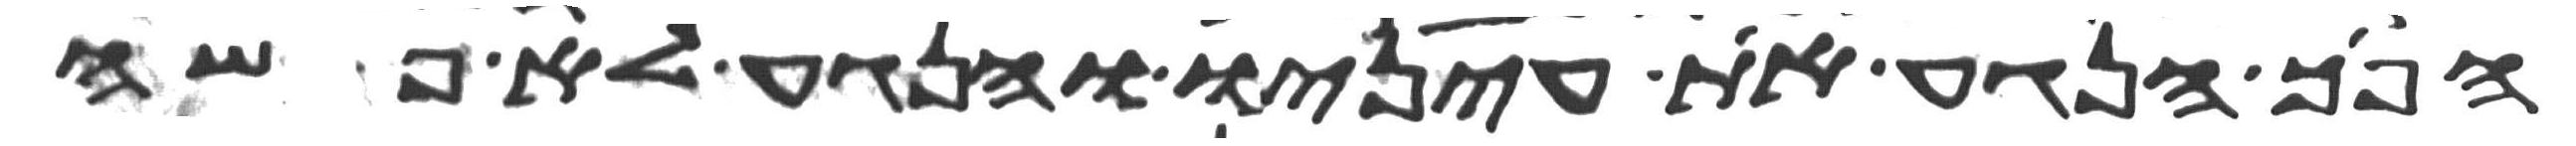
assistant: הפך הנגע את עיניו והנגע לא פשה